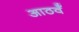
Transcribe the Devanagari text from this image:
आठवँ